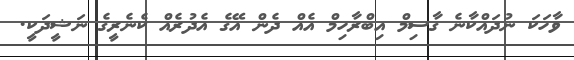
ވާހަކަ ނުދައްކާނެ ގާސިމް އިބްރާހިމް އެއް ދެން އޭގެ އެދުރެއް ކެނެރީގެ ނަޝީދަކީ.